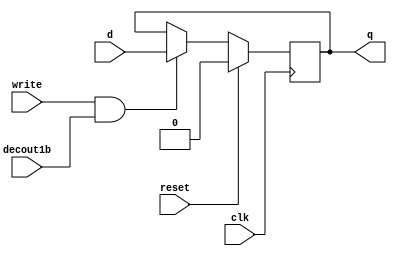
module D_ff (input clk, input reset, input write, input decout1b, input d, output reg q);
      always @ ( negedge clk ) begin
            if(reset == 1)  q = 1'b0;
            else
            if (write == 1 && decout1b == 1) begin
                  q = d;
            end
      end
endmodule // D_ff

module Register (input clk, input reset, input write, input decout1b, input [31:0] writedata, output [31:0] outreg);
      D_ff d0 (clk, reset, write, decout1b, writedata[0], outreg[0]);
      D_ff d1 (clk, reset, write, decout1b, writedata[1], outreg[1]);
      D_ff d2 (clk, reset, write, decout1b, writedata[2], outreg[2]);
      D_ff d3 (clk, reset, write, decout1b, writedata[3], outreg[3]);
      D_ff d4 (clk, reset, write, decout1b, writedata[4], outreg[4]);
      D_ff d5 (clk, reset, write, decout1b, writedata[5], outreg[5]);
      D_ff d6 (clk, reset, write, decout1b, writedata[6], outreg[6]);
      D_ff d7 (clk, reset, write, decout1b, writedata[7], outreg[7]);
      D_ff d8 (clk, reset, write, decout1b, writedata[8], outreg[8]);
      D_ff d9 (clk, reset, write, decout1b, writedata[9], outreg[9]);
      D_ff d10 (clk, reset, write, decout1b, writedata[10], outreg[10]);
      D_ff d11 (clk, reset, write, decout1b, writedata[11], outreg[11]);
      D_ff d12 (clk, reset, write, decout1b, writedata[12], outreg[12]);
      D_ff d13 (clk, reset, write, decout1b, writedata[13], outreg[13]);
      D_ff d14 (clk, reset, write, decout1b, writedata[14], outreg[14]);
      D_ff d15 (clk, reset, write, decout1b, writedata[15], outreg[15]);
      D_ff d16 (clk, reset, write, decout1b, writedata[16], outreg[16]);
      D_ff d17 (clk, reset, write, decout1b, writedata[17], outreg[17]);
      D_ff d18 (clk, reset, write, decout1b, writedata[18], outreg[18]);
      D_ff d19 (clk, reset, write, decout1b, writedata[19], outreg[19]);
      D_ff d20 (clk, reset, write, decout1b, writedata[20], outreg[20]);
      D_ff d21 (clk, reset, write, decout1b, writedata[21], outreg[21]);
      D_ff d22 (clk, reset, write, decout1b, writedata[22], outreg[22]);
      D_ff d23 (clk, reset, write, decout1b, writedata[23], outreg[23]);
      D_ff d24 (clk, reset, write, decout1b, writedata[24], outreg[24]);
      D_ff d25 (clk, reset, write, decout1b, writedata[25], outreg[25]);
      D_ff d26 (clk, reset, write, decout1b, writedata[26], outreg[26]);
      D_ff d27 (clk, reset, write, decout1b, writedata[27], outreg[27]);
      D_ff d28 (clk, reset, write, decout1b, writedata[28], outreg[28]);
      D_ff d29 (clk, reset, write, decout1b, writedata[29], outreg[29]);
      D_ff d30 (clk, reset, write, decout1b, writedata[30], outreg[30]);
      D_ff d31 (clk, reset, write, decout1b, writedata[31], outreg[31]);

endmodule // Register

module registerSet (input clk, input reset, input write, input [31:0]regsel, input [31:0] writedata, output [31:0] outreg0, output [31:0] outreg1, output [31:0] outreg2, output [31:0] outreg3, output [31:0] outreg4, output [31:0] outreg5, output [31:0] outreg6, output [31:0] outreg7, output [31:0] outreg8, output [31:0] outreg9, output [31:0] outreg10, output [31:0] outreg11, output [31:0] outreg12, output [31:0] outreg13, output [31:0] outreg14, output [31:0] outreg15, output [31:0] outreg16, output [31:0] outreg17, output [31:0] outreg18, output [31:0] outreg19, output [31:0] outreg20, output [31:0] outreg21, output [31:0] outreg22, output [31:0] outreg23, output [31:0] outreg24, output [31:0] outreg25, output [31:0] outreg26, output [31:0] outreg27, output [31:0] outreg28, output [31:0] outreg29, output [31:0] outreg30, output [31:0] outreg31);


      Register r0 (clk, reset, write, regsel[0], writedata, outreg0);
      Register r1 (clk, reset, write, regsel[1], writedata, outreg1);
      Register r2 (clk, reset, write, regsel[2], writedata, outreg2);
      Register r3 (clk, reset, write, regsel[3], writedata, outreg3);
      Register r4 (clk, reset, write, regsel[4], writedata, outreg4);
      Register r5 (clk, reset, write, regsel[5], writedata, outreg5);
      Register r6 (clk, reset, write, regsel[6], writedata, outreg6);
      Register r7 (clk, reset, write, regsel[7], writedata, outreg7);
      Register r8 (clk, reset, write, regsel[8], writedata, outreg8);
      Register r9 (clk, reset, write, regsel[9], writedata, outreg9);
      Register r10 (clk, reset, write, regsel[10], writedata, outreg10);
      Register r11 (clk, reset, write, regsel[11], writedata, outreg11);
      Register r12 (clk, reset, write, regsel[12], writedata, outreg12);
      Register r13 (clk, reset, write, regsel[13], writedata, outreg13);
      Register r14 (clk, reset, write, regsel[14], writedata, outreg14);
      Register r15 (clk, reset, write, regsel[15], writedata, outreg15);
      Register r16 (clk, reset, write, regsel[16], writedata, outreg16);
      Register r17 (clk, reset, write, regsel[17], writedata, outreg17);
      Register r18 (clk, reset, write, regsel[18], writedata, outreg18);
      Register r19 (clk, reset, write, regsel[19], writedata, outreg19);
      Register r20 (clk, reset, write, regsel[20], writedata, outreg20);
      Register r21 (clk, reset, write, regsel[21], writedata, outreg21);
      Register r22 (clk, reset, write, regsel[22], writedata, outreg22);
      Register r23 (clk, reset, write, regsel[23], writedata, outreg23);
      Register r24 (clk, reset, write, regsel[24], writedata, outreg24);
      Register r25 (clk, reset, write, regsel[25], writedata, outreg25);
      Register r26 (clk, reset, write, regsel[26], writedata, outreg26);
      Register r27 (clk, reset, write, regsel[27], writedata, outreg27);
      Register r28 (clk, reset, write, regsel[28], writedata, outreg28);
      Register r29 (clk, reset, write, regsel[29], writedata, outreg29);
      Register r30 (clk, reset, write, regsel[30], writedata, outreg30);
      Register r31 (clk, reset, write, regsel[31], writedata, outreg31);

endmodule // registerSet

module decoder5to32 (input [4:0] inp, output reg [31:0]out);
      always @ (inp) begin
            case(inp)
            5'd0: out = 32'd1;
            5'd1: out = 32'd2;
            5'd2: out = 32'd4;
            5'd3: out = 32'd8;
            5'd4: out = 32'd16;
            5'd5: out = 32'd32;
            5'd6: out = 32'd64;
            5'd7: out = 32'd128;
            5'd8: out = 32'd256;
            5'd9: out= 32'd512;
            5'd10: out = 32'd1024;
            5'd11: out = 32'd2048;
            5'd12: out = 32'd4096;
            5'd13: out = 32'd8192;
            5'd14: out = 32'd16384;
            5'd15: out = 32'd32768;
            5'd16: out = 32'd65536;
            5'd17: out = 32'd131072;
            5'd18: out = 32'd262144;
            5'd19: out = 32'd524288;
            5'd20: out = 32'd1048576;
            5'd21: out = 32'd2097152;
            5'd22: out = 32'd4194304;
            5'd23: out = 32'd8388608;
            5'd24: out= 32'd16777216;
            5'd25: out = 32'd33554432;
            5'd26: out = 32'd67108864;
            5'd27: out = 32'd134217728;
            5'd28: out = 32'd268435456;
            5'd29: out = 32'd536870912;
            5'd30: out= 32'd1073741824;
            5'd31: out = 32'd2147483648;
            endcase
      end

endmodule // decoder5to32

module mux32x1 (input [31:0] register0, input [31:0] register1, input [31:0] register2, input [31:0] register3, input [31:0] register4, input [31:0] register5, input [31:0] register6, input [31:0] register7, input [31:0] register8, input [31:0] register9, input [31:0] register10, input [31:0] register11, input [31:0] register12, input [31:0] register13, input [31:0] register14, input [31:0] register15, input [31:0] register16, input [31:0] register17, input [31:0] register18, input [31:0] register19, input [31:0] register20, input [31:0] register21, input [31:0] register22, input [31:0] register23, input [31:0] register24, input [31:0] register25, input [31:0] register26, input [31:0] register27, input [31:0] register28, input [31:0] register29, input [31:0] register30, input [31:0] register31, input [4:0]sel, output reg [31:0] out);
      always @ ( register0, register2, register10, sel) begin
            case(sel)
            5'd0: out = register0;
            5'd1: out = register1;
            5'd2: out = register2;
            5'd3: out = register3;
            5'd4: out = register4;
            5'd5: out = register5;
            5'd6: out = register6;
            5'd7: out = register7;
            5'd8: out = register8;
            5'd9: out = register9;
            5'd10: out = register10;
            5'd11: out = register11;
            5'd12: out = register12;
            5'd13: out = register13;
            5'd14: out = register14;
            5'd15: out = register15;
            5'd16: out = register16;
            5'd17: out = register17;
            5'd18: out = register18;
            5'd19: out = register19;
            5'd20: out = register20;
            5'd21: out = register21;
            5'd22: out = register22;
            5'd23: out = register23;
            5'd24: out = register24;
            5'd25: out = register25;
            5'd26: out = register26;
            5'd27: out = register27;
            5'd28: out = register28;
            5'd29: out = register29;
            5'd30: out = register30;
            5'd31: out = register31;
            endcase
      end
endmodule // mux32x1


module Register_File (input clk, input reset, input write, input [4:0] rs_addr, input [4:0] rt_addr, input [4:0] write_addr, input [31:0] writeData, output [31:0] outreg1, output [31:0] outreg2);

      wire [31:0] register0, register1, register2, register3, register4, register5, register6, register7, register8, register9, register10, register11, register12, register13, register14, register15, register16, register17, register18, register19, register20, register21, register22, register23, register24, register25, register26, register27, register28, register29, register30, register31;
      wire [31:0] regsel;
      decoder5to32 deco ( write_addr, regsel);

      registerSet rs ( clk,  reset,  write, regsel, writeData, register0, register1, register2, register3, register4, register5, register6, register7, register8, register9, register10, register11, register12, register13, register14, register15, register16, register17, register18, register19, register20, register21, register22, register23, register24, register25, register26, register27, register28, register29, register30, register31);

      mux32x1 mx (register0, register1, register2, register3, register4, register5, register6, register7, register8, register9, register10, register11, register12, register13, register14, register15, register16, register17, register18, register19, register20, register21, register22, register23, register24, register25, register26, register27, register28, register29, register30, register31, rs_addr, outreg1);

      mux32x1 mx1 (register0, register1, register2, register3, register4, register5, register6, register7, register8, register9, register10, register11, register12, register13, register14, register15, register16, register17, register18, register19, register20, register21, register22, register23, register24, register25, register26, register27, register28, register29, register30, register31, rt_addr, outreg2);

endmodule // Register_File


module dflpflp_im (input reset, input d, output reg q);
      always @ (negedge reset) begin
            q = d;
      end
endmodule // dflipflip_im

module instr_reg (input reset, input [31:0]d, output[31:0]q);

      dflpflp_im d0 (reset, d[0], q[0]);
      dflpflp_im d1 (reset, d[1], q[1]);
      dflpflp_im d2 (reset, d[2], q[2]);
      dflpflp_im d3 (reset, d[3], q[3]);
      dflpflp_im d4 (reset, d[4], q[4]);
      dflpflp_im d5 (reset, d[5], q[5]);
      dflpflp_im d6 (reset, d[6], q[6]);
      dflpflp_im d7 (reset, d[7], q[7]);
      dflpflp_im d8 (reset, d[8], q[8]);
      dflpflp_im d9 (reset, d[9], q[9]);
      dflpflp_im d10 (reset, d[10], q[10]);
      dflpflp_im d11 (reset, d[11], q[11]);
      dflpflp_im d12 (reset, d[12], q[12]);
      dflpflp_im d13 (reset, d[13], q[13]);
      dflpflp_im d14 (reset, d[14], q[14]);
      dflpflp_im d15 (reset, d[15], q[15]);
      dflpflp_im d16 (reset, d[16], q[16]);
      dflpflp_im d17 (reset, d[17], q[17]);
      dflpflp_im d18 (reset, d[18], q[18]);
      dflpflp_im d19 (reset, d[19], q[19]);
      dflpflp_im d20 (reset, d[20], q[20]);
      dflpflp_im d21 (reset, d[21], q[21]);
      dflpflp_im d22 (reset, d[22], q[22]);
      dflpflp_im d23 (reset, d[23], q[23]);
      dflpflp_im d24 (reset, d[24], q[24]);
      dflpflp_im d25 (reset, d[25], q[25]);
      dflpflp_im d26 (reset, d[26], q[26]);
      dflpflp_im d27 (reset, d[27], q[27]);
      dflpflp_im d28 (reset, d[28], q[28]);
      dflpflp_im d29 (reset, d[29], q[29]);
      dflpflp_im d30 (reset, d[30], q[30]);
      dflpflp_im d31 (reset, d[31], q[31]);

endmodule // instr_reg

module mux16x1 (input [31:0] reg0, input [31:0] reg1, input [31:0] reg2, input [31:0] reg3, input [31:0] reg4, input [31:0] reg5, input [31:0] reg6, input [31:0] reg7, input [31:0] reg8, input [31:0] reg9, input [31:0] reg10, input [31:0] reg11, input [31:0] reg12, input [31:0] reg13, input [31:0] reg14, input [31:0] reg15, input [3:0] sel, output reg [31:0] outreg );

      always @ ( sel or reg0 or reg1 or reg2 or reg3 or reg4 or reg5 or reg6 or reg7 or reg8 or reg9 or reg10 or reg11 or reg12 or reg13 or reg14 or reg15) begin
                  case (sel)
                  4'd0: outreg = reg0;
                  4'd1: outreg = reg1;
                  4'd2: outreg = reg2;
                  4'd3: outreg = reg3;
                  4'd4: outreg = reg4;
                  4'd5: outreg = reg5;
                  4'd6: outreg = reg6;
                  4'd7: outreg = reg7;
                  4'd8: outreg = reg8;
                  4'd9: outreg = reg9;
                  4'd10: outreg = reg10;
                  4'd11: outreg = reg11;
                  4'd12: outreg = reg12;
                  4'd13: outreg = reg13;
                  4'd14: outreg = reg14;
                  4'd15: outreg = reg15;
                  endcase
      end

endmodule // mux16x1

module mux4x1_32bit (input [31:0] inreg0, inreg1, inreg2, inreg3, input [1:0]sel, output reg [31:0]outreg_final);
      always @ ( * ) begin
            case (sel)
                  4'd0: outreg_final = inreg0;
                  4'd1: outreg_final = inreg1;
                  4'd2: outreg_final = inreg2;
                  4'd3: outreg_final = inreg3;
            endcase
      end
endmodule // mux4x1_32bit

module mux64x1_32bit (input [31:0] inreg0, inreg1, inreg2, inreg3, inreg4, inreg5, inreg6, inreg7, inreg8, inreg9, inreg10, inreg11, inreg12, inreg13, inreg14, inreg15, inreg16, inreg17, inreg18, inreg19, inreg20, inreg21, inreg22, inreg23, inreg24, inreg25, inreg26, inreg27, inreg28, inreg29, inreg30, inreg31, inreg32, inreg33, inreg34, inreg35, inreg36, inreg37, inreg38, inreg39, inreg40, inreg41, inreg42, inreg43, inreg44, inreg45, inreg46, inreg47, inreg48, inreg49, inreg50, inreg51, inreg52, inreg53, inreg54, inreg55, inreg56, inreg57, inreg58, inreg59, inreg60, inreg61, inreg62, inreg63, input [5:0] sel, output [31:0] outfinal);
            wire [31:0] tempout1, tempout2, tempout3, tempout4;
            mux16x1 mx0 (inreg0, inreg1, inreg2, inreg3, inreg4, inreg5, inreg6, inreg7, inreg8, inreg9, inreg10, inreg11, inreg12, inreg13, inreg14, inreg15, sel[3:0], tempout1);
            mux16x1 mx1 (inreg16, inreg17, inreg18, inreg19, inreg20, inreg21, inreg22, inreg23, inreg24, inreg25, inreg26, inreg27, inreg28, inreg29, inreg30, inreg31, sel[3:0], tempout2);
            mux16x1 mx2 (inreg32, inreg33, inreg34, inreg35, inreg36, inreg37, inreg38, inreg39, inreg40, inreg41, inreg42, inreg43, inreg44, inreg45, inreg46, inreg47, sel [3:0], tempout3);
            mux16x1 mx3 (inreg48, inreg49, inreg50, inreg51, inreg52, inreg53, inreg54, inreg55, inreg56, inreg57, inreg58, inreg59, inreg60, inreg61, inreg62, inreg63, sel[3:0], tempout4);

            mux4x1_32bit mx4 (tempout1, tempout2, tempout3, tempout4, sel[5:4], outfinal);

endmodule // mux64x1

module dec6to64bit (input [5:0] inp, output reg [63:0] out);
      always @ (*) begin
            case (inp)
            6'd0: out = 64'd1;
            6'd1: out = 64'd2;
            6'd2: out = 64'd4;
            6'd3: out = 64'd8;
            6'd4: out = 64'd16;
            6'd5: out = 64'd32;
            6'd6: out = 64'd64;
            6'd7: out = 64'd128;
            6'd8: out = 64'd256;
            6'd9: out = 64'd512;
            6'd10: out = 64'd1024;
            6'd11: out = 64'd2048;
            6'd12: out = 64'd4096;
            6'd13: out = 64'd8192;
            6'd14: out = 64'd16384;
            6'd15: out = 64'd32768;
            6'd16: out = 64'd65536;
            6'd17: out = 64'd131072;
            6'd18: out = 64'd262144;
            6'd19: out = 64'd524288;
            6'd20: out = 64'd1048576;
            6'd21: out = 64'd2097152;
            6'd22: out = 64'd4194304;
            6'd23: out = 64'd8388608;
            6'd24: out = 64'd16777216;
            6'd25: out = 64'd33554432;
            6'd26: out = 64'd67108864;
            6'd27: out = 64'd134217728;
            6'd28: out = 64'd268435456;
            6'd29: out = 64'd536870912;
            6'd30: out = 64'd1073741824;
            6'd31: out = 64'd2147483648;
            6'd32: out = 64'd4294967296;
            6'd33: out = 64'd8589934592;
            6'd34: out = 64'd17179869184;
            6'd35: out = 64'd34359738368;
            6'd36: out = 64'd68719476736;
            6'd37: out = 64'd137438953472;
            6'd38: out = 64'd274877906944;
            6'd39: out = 64'd549755813888;
            6'd40: out = 64'd1099511627776;
            6'd41: out = 64'd2199023255552;
            6'd42: out = 64'd4398046511104;
            6'd43: out = 64'd8796093022208;
            6'd44: out = 64'd17592186044416;
            6'd45: out = 64'd35184372088832;
            6'd46: out = 64'd70368744177664;
            6'd47: out = 64'd140737488355328;
            6'd48: out = 64'd281474976710656;
            6'd49: out = 64'd562949953421312;
            6'd50: out = 64'd1125899906842624;
            6'd51: out = 64'd2251799813685248;
            6'd52: out = 64'd4503599627370496;
            6'd53: out = 64'd9007199254740992;
            6'd54: out = 64'd18014398509481984;
            6'd55: out = 64'd36028797018963968;
            6'd56: out = 64'd72057594037927936;
            6'd57: out = 64'd144115188075855872;
            6'd58: out = 64'd288230376151711744;
            6'd59: out = 64'd576460752303423488;
            6'd60: out = 64'd1152921504606846976;
            6'd61: out = 64'd2305843009213693952;
            6'd62: out = 64'd4611686018427387904;
            6'd63: out = 64'd9223372036854775808;
	endcase
      end
endmodule // dec6to64bit

module insruction_memory (input reset, input [5:0]pc, output [31:0] instruction_out);
      wire [31:0] tout0, tout1, tout2, tout3, tout4, tout5, tout6, tout7, tout8, tout9, tout10, tout11, tout12, tout13, tout14, tout15, tout16, tout17, tout18, tout19, tout20, tout21, tout22, tout23, tout24, tout25, tout26, tout27, tout28, tout29, tout30, tout31, tout32, tout33, tout34, tout35, tout36, tout37, tout38, tout39, tout40, tout41, tout42, tout43, tout44, tout45, tout46, tout47, tout48, tout49, tout50, tout51, tout52, tout53, tout54, tout55, tout56, tout57, tout58, tout59, tout60, tout61, tout62, tout63;

      instr_reg reg0 (reset, 32'h20020005, tout0);
      instr_reg reg1 (reset, 32'h20070003, tout1);
      instr_reg reg2 (reset, 32'h2003000c, tout2);
      instr_reg reg3 (reset, 32'h00e22025, tout3);
      instr_reg reg4 (reset, 32'h00642824, tout4);
      instr_reg reg5 (reset, 32'h00a42820, tout5);
      instr_reg reg6 (reset, 32'h10a70008, tout6);
      instr_reg reg7 (reset, 32'h0064302a, tout7);
      instr_reg reg8 (reset, 32'h10c00001, tout8);
      instr_reg reg9 (reset, 32'h2005000a, tout9);
      instr_reg reg10 (reset, 32'h00e2302a, tout10);
      instr_reg reg11 (reset, 32'h00c53820, tout11);
      instr_reg reg12 (reset, 32'h00e23822, tout12);
      instr_reg reg13 (reset, 32'h0800000f, tout13);
      instr_reg reg14 (reset, 32'h8c070000, tout14);
      instr_reg reg15 (reset, 32'hac470047, tout15);
      instr_reg reg16 (reset, 32'd0, tout16);
      instr_reg reg17 (reset, 32'd0, tout17);
      instr_reg reg18 (reset, 32'd0, tout18);
      instr_reg reg19 (reset, 32'd0, tout19);
      instr_reg reg20 (reset, 32'd0, tout20);
      instr_reg reg21 (reset, 32'd0, tout21);
      instr_reg reg22 (reset, 32'd0, tout22);
      instr_reg reg23 (reset, 32'd0, tout23);
      instr_reg reg24 (reset, 32'd0, tout24);
      instr_reg reg25 (reset, 32'd0, tout25);
      instr_reg reg26 (reset, 32'd0, tout26);
      instr_reg reg27 (reset, 32'd0, tout27);
      instr_reg reg28 (reset, 32'd0, tout28);
      instr_reg reg29 (reset, 32'd0, tout29);
      instr_reg reg30 (reset, 32'd0, tout30);
      instr_reg reg31 (reset, 32'd0, tout31);
      instr_reg reg32 (reset, 32'd0, tout32);
      instr_reg reg33 (reset, 32'd0, tout33);
      instr_reg reg34 (reset, 32'd0, tout34);
      instr_reg reg35 (reset, 32'd0, tout35);
      instr_reg reg36 (reset, 32'd0, tout36);
      instr_reg reg37 (reset, 32'd0, tout37);
      instr_reg reg38 (reset, 32'd0, tout38);
      instr_reg reg39 (reset, 32'd0, tout39);
      instr_reg reg40 (reset, 32'd0, tout40);
      instr_reg reg41 (reset, 32'd0, tout41);
      instr_reg reg42 (reset, 32'd0, tout42);
      instr_reg reg43 (reset, 32'd0, tout43);
      instr_reg reg44 (reset, 32'd0, tout44);
      instr_reg reg45 (reset, 32'd0, tout45);
      instr_reg reg46 (reset, 32'd0, tout46);
      instr_reg reg47 (reset, 32'd0, tout47);
      instr_reg reg48 (reset, 32'd0, tout48);
      instr_reg reg49 (reset, 32'd0, tout49);
      instr_reg reg50 (reset, 32'd0, tout50);
      instr_reg reg51 (reset, 32'd0, tout51);
      instr_reg reg52 (reset, 32'd0, tout52);
      instr_reg reg53 (reset, 32'd0, tout53);
      instr_reg reg54 (reset, 32'd0, tout54);
      instr_reg reg55 (reset, 32'd0, tout55);
      instr_reg reg56 (reset, 32'd0, tout56);
      instr_reg reg57 (reset, 32'd0, tout57);
      instr_reg reg58 (reset, 32'd0, tout58);
      instr_reg reg59 (reset, 32'd0, tout59);
      instr_reg reg60 (reset, 32'd0, tout60);
      instr_reg reg61 (reset, 32'd0, tout61);
      instr_reg reg62 (reset, 32'd0, tout62);
      instr_reg reg63 (reset, 32'd0, tout63);

      mux64x1_32bit mux64_1 (tout0, tout1, tout2, tout3, tout4, tout5, tout6, tout7, tout8, tout9, tout10, tout11, tout12, tout13, tout14, tout15, tout16, tout17, tout18, tout19, tout20, tout21, tout22, tout23, tout24, tout25, tout26, tout27, tout28, tout29, tout30, tout31, tout32, tout33, tout34, tout35, tout36, tout37, tout38, tout39, tout40, tout41, tout42, tout43, tout44, tout45, tout46, tout47, tout48, tout49, tout50, tout51, tout52, tout53, tout54, tout55, tout56, tout57, tout58, tout59, tout60, tout61, tout62, tout63, pc, instruction_out);

endmodule // insruction_memory

module data_register_set (input clk, input reset, input write, input [5:0] reg_addr, input [31:0] writedata, output [31:0] outreg0, outreg1, outreg2, outreg3, outreg4, outreg5, outreg6, outreg7, outreg8, outreg9, outreg10, outreg11, outreg12, outreg13, outreg14, outreg15, outreg16, outreg17, outreg18, outreg19, outreg20, outreg21, outreg22, outreg23, outreg24, outreg25, outreg26, outreg27, outreg28, outreg29, outreg30, outreg31, outreg32, outreg33, outreg34, outreg35, outreg36, outreg37, outreg38, outreg39, outreg40, outreg41, outreg42, outreg43, outreg44, outreg45, outreg46, outreg47, outreg48, outreg49, outreg50, outreg51, outreg52, outreg53, outreg54, outreg55, outreg56, outreg57, outreg58, outreg59, outreg60, outreg61, outreg62, outreg63);

      wire [63:0]regsel;
      dec6to64bit dec (reg_addr,regsel);
      Register r20 (clk, reset, write, regsel[0], writedata, outreg0);
      Register r21 (clk, reset, write, regsel[1], writedata, outreg1);
      Register r22 (clk, reset, write, regsel[2], writedata, outreg2);
      Register r23 (clk, reset, write, regsel[3], writedata, outreg3);
      Register r24 (clk, reset, write, regsel[4], writedata, outreg4);
      Register r25 (clk, reset, write, regsel[5], writedata, outreg5);
      Register r26 (clk, reset, write, regsel[6], writedata, outreg6);
      Register r27 (clk, reset, write, regsel[7], writedata, outreg7);
      Register r28 (clk, reset, write, regsel[8], writedata, outreg8);
      Register r29 (clk, reset, write, regsel[9], writedata, outreg9);
      Register r210 (clk, reset, write, regsel[10], writedata, outreg10);
      Register r211 (clk, reset, write, regsel[11], writedata, outreg11);
      Register r212 (clk, reset, write, regsel[12], writedata, outreg12);
      Register r213 (clk, reset, write, regsel[13], writedata, outreg13);
      Register r214 (clk, reset, write, regsel[14], writedata, outreg14);
      Register r215 (clk, reset, write, regsel[15], writedata, outreg15);
      Register r216 (clk, reset, write, regsel[16], writedata, outreg16);
      Register r217 (clk, reset, write, regsel[17], writedata, outreg17);
      Register r218 (clk, reset, write, regsel[18], writedata, outreg18);
      Register r219 (clk, reset, write, regsel[19], writedata, outreg19);
      Register r220 (clk, reset, write, regsel[20], writedata, outreg20);
      Register r221 (clk, reset, write, regsel[21], writedata, outreg21);
      Register r222 (clk, reset, write, regsel[22], writedata, outreg22);
      Register r223 (clk, reset, write, regsel[23], writedata, outreg23);
      Register r224 (clk, reset, write, regsel[24], writedata, outreg24);
      Register r225 (clk, reset, write, regsel[25], writedata, outreg25);
      Register r226 (clk, reset, write, regsel[26], writedata, outreg26);
      Register r227 (clk, reset, write, regsel[27], writedata, outreg27);
      Register r228 (clk, reset, write, regsel[28], writedata, outreg28);
      Register r229 (clk, reset, write, regsel[29], writedata, outreg29);
      Register r230 (clk, reset, write, regsel[30], writedata, outreg30);
      Register r231 (clk, reset, write, regsel[31], writedata, outreg31);
      Register r232 (clk, reset, write, regsel[32], writedata, outreg32);
      Register r233 (clk, reset, write, regsel[33], writedata, outreg33);
      Register r234 (clk, reset, write, regsel[34], writedata, outreg34);
      Register r235 (clk, reset, write, regsel[35], writedata, outreg35);
      Register r236 (clk, reset, write, regsel[36], writedata, outreg36);
      Register r237 (clk, reset, write, regsel[37], writedata, outreg37);
      Register r238 (clk, reset, write, regsel[38], writedata, outreg38);
      Register r239 (clk, reset, write, regsel[39], writedata, outreg39);
      Register r240 (clk, reset, write, regsel[40], writedata, outreg40);
      Register r241 (clk, reset, write, regsel[41], writedata, outreg41);
      Register r242 (clk, reset, write, regsel[42], writedata, outreg42);
      Register r243 (clk, reset, write, regsel[43], writedata, outreg43);
      Register r244 (clk, reset, write, regsel[44], writedata, outreg44);
      Register r245 (clk, reset, write, regsel[45], writedata, outreg45);
      Register r246 (clk, reset, write, regsel[46], writedata, outreg46);
      Register r247 (clk, reset, write, regsel[47], writedata, outreg47);
      Register r248 (clk, reset, write, regsel[48], writedata, outreg48);
      Register r249 (clk, reset, write, regsel[49], writedata, outreg49);
      Register r250 (clk, reset, write, regsel[50], writedata, outreg50);
      Register r251 (clk, reset, write, regsel[51], writedata, outreg51);
      Register r252 (clk, reset, write, regsel[52], writedata, outreg52);
      Register r253 (clk, reset, write, regsel[53], writedata, outreg53);
      Register r254 (clk, reset, write, regsel[54], writedata, outreg54);
      Register r255 (clk, reset, write, regsel[55], writedata, outreg55);
      Register r256 (clk, reset, write, regsel[56], writedata, outreg56);
      Register r257 (clk, reset, write, regsel[57], writedata, outreg57);
      Register r258 (clk, reset, write, regsel[58], writedata, outreg58);
      Register r259 (clk, reset, write, regsel[59], writedata, outreg59);
      Register r260 (clk, reset, write, regsel[60], writedata, outreg60);
      Register r261 (clk, reset, write, regsel[61], writedata, outreg61);
      Register r262 (clk, reset, write, regsel[62], writedata, outreg62);
      Register r263 (clk, reset, write, regsel[63], writedata, outreg63);

endmodule // data_register_set

module data_memory (input clk, input reset, input write, input [5:0]a, input [31:0] writedata, output [31:0] read_data);

      wire[31:0] outreg0, outreg1, outreg2, outreg3, outreg4, outreg5, outreg6, outreg7, outreg8, outreg9, outreg10, outreg11, outreg12, outreg13, outreg14, outreg15, outreg16, outreg17, outreg18, outreg19, outreg20, outreg21, outreg22, outreg23, outreg24, outreg25, outreg26, outreg27, outreg28, outreg29, outreg30, outreg31, outreg32, outreg33, outreg34, outreg35, outreg36, outreg37, outreg38, outreg39, outreg40, outreg41, outreg42, outreg43, outreg44, outreg45, outreg46, outreg47, outreg48, outreg49, outreg50, outreg51, outreg52, outreg53, outreg54, outreg55, outreg56, outreg57, outreg58, outreg59, outreg60, outreg61, outreg62, outreg63;

      data_register_set drs (clk, reset, write, a, writedata, outreg0, outreg1, outreg2, outreg3, outreg4, outreg5, outreg6, outreg7, outreg8, outreg9, outreg10, outreg11, outreg12, outreg13, outreg14, outreg15, outreg16, outreg17, outreg18, outreg19, outreg20, outreg21, outreg22, outreg23, outreg24, outreg25, outreg26, outreg27, outreg28, outreg29, outreg30, outreg31, outreg32, outreg33, outreg34, outreg35, outreg36, outreg37, outreg38, outreg39, outreg40, outreg41, outreg42, outreg43, outreg44, outreg45, outreg46, outreg47, outreg48, outreg49, outreg50, outreg51, outreg52, outreg53, outreg54, outreg55, outreg56, outreg57, outreg58, outreg59, outreg60, outreg61, outreg62, outreg63);

      mux64x1_32bit mux (outreg0, outreg1, outreg2, outreg3, outreg4, outreg5, outreg6, outreg7, outreg8, outreg9, outreg10, outreg11, outreg12, outreg13, outreg14, outreg15, outreg16, outreg17, outreg18, outreg19, outreg20, outreg21, outreg22, outreg23, outreg24, outreg25, outreg26, outreg27, outreg28, outreg29, outreg30, outreg31, outreg32, outreg33, outreg34, outreg35, outreg36, outreg37, outreg38, outreg39, outreg40, outreg41, outreg42, outreg43, outreg44, outreg45, outreg46, outreg47, outreg48, outreg49, outreg50, outreg51, outreg52, outreg53, outreg54, outreg55, outreg56, outreg57, outreg58, outreg59, outreg60, outreg61, outreg62, outreg63, a, read_data);
endmodule // data_memory

module left_shifter (input [31:0] in, output reg [31:0] out);
      always @ ( * ) begin
            out = in << 2;
      end
endmodule // left_shifter

module sign_extend (input [15:0] in, output reg [31:0] out);
      always @ ( * ) begin
            out[15:0] = in[15:0];
            out[31:16] = {16{in[15]}};
      end
endmodule // sign_extend

module maindec ( input [5:0] opcode, output reg jump, output reg memreg, output  reg memwrite, output reg branch, output reg alusrc, output reg regdst, output reg regwrite, output reg [1:0]aluop);
      always @ (* ) begin
            case (opcode)
                  6'b000000: begin // r type operations
                        memreg = 0;
                        memwrite = 0;
                        branch = 0;
                        alusrc = 0;
                        regdst = 1'b1;
                        regwrite = 1'b1;
                        jump = 1'b0;
                        aluop = 2'b10;
                  end
                  6'b100011: begin // load
                        memreg = 1'b1;
                        memwrite = 1'b0;
                        branch = 1'b0;
                        alusrc = 1'b1;
                        regdst = 1'b0;
                        regwrite = 1'b1;
                        jump = 1'b0;
                        aluop = 2'b00;
                  end
                  6'b101011: begin // store
                        memreg = 1'b1; // irrevelant
                        memwrite = 1'b1;
                        branch = 1'b0;
                        alusrc = 1'b1;
                        regdst = 1'b0;
                        regwrite = 1'b0;
                        jump = 1'b0;
                        aluop = 2'b00;
                  end
                  6'b000100: begin  //beq
                        memreg = 1'b1; // irrevelant
                        memwrite = 1'b0;
                        branch = 1'b1;
                        alusrc = 1'b0;
                        regdst = 1'b0; // irrevelant
                        regwrite = 1'b0; // irrevelant
                        jump = 1'b0;
                        aluop = 2'b01;
                  end
                  6'b001000: begin  // addi
                        memreg = 1'b0;
                        memwrite = 1'b0;
                        branch = 1'b0;
                        alusrc = 1'b1;
                        regdst = 1'b0;
                        regwrite = 1'b1;
                        jump = 1'b0;
                        aluop = 2'b00;
                  end
                  6'b000010: begin  // jump
                        memreg = 1'b0;
                        memwrite = 1'b0;
                        branch = 1'b0;
                        alusrc = 1'b0;
                        regdst = 1'b0;
                        regwrite = 1'b0;
                        jump = 1'b1;
                        aluop = 2'b00;
                  end
            endcase
      end
endmodule // maindec module for controllet unit

module aludec (input [5:0]func, input [1:0] aluop, output reg [2:0] alusel);

      always @ ( func or aluop ) begin
            case (aluop)
                  2'b00: alusel = 3'b010;
                  2'b10: begin
                        if(func == 6'b100000) begin alusel = 3'b010; end
                        else if(func == 6'b100010) begin alusel = 3'b110; end
                        else if(func == 6'b100100) begin alusel = 3'b000; end
                        else if(func == 6'b100101) begin alusel = 3'b001; end
                        else if(func == 6'b101010) begin alusel = 3'b111; end
                  end
                  2'b01: alusel = 3'b110;
            endcase
      end
	  
endmodule // aludec

module control_ckt (input [5:0] opcode, input [5:0]func, output jump, output memreg, output memwrite, output branch, output alusrc, output regdst, output regwrite, output [2:0]alucontrol);

      wire  [1:0]aluop;
      maindec md (opcode, jump,  memreg, memwrite, branch, alusrc, regdst, regwrite,aluop);
      aludec ad (func,  aluop, alucontrol);
endmodule // control_ckt

// alu 32 bit implementation

module mux2x1 (input [31:0]a, input [31:0]b, input sel, output reg [31:0]z );
      always @ (sel or a or b)
      begin: mux
            case(sel)
            1'b0: z = a;
            1'b1: z = b;
            endcase
      end

endmodule // mux2x1

module mux4x1 (input [31:0]a, input [31:0]b, input [31:0]c, input [31:0]d, input [1:0]sel, output reg [31:0]y);
      always @ ( sel or a or b or c or d ) begin
            begin: mux4x1
                  case(sel)
                  2'b00: y = a;
                  2'b01: y = b;
                  2'b10: y = c;
                  2'b11: y = d;
                  endcase
            end
      end

endmodule // mux4x1

module adder1b (input a, input b,  input c, output s, output cout);
      assign s = a ^ b ^c ;
      assign cout = (a & b) | (b&c) | (c&a);
endmodule // adder1b

module adder32b (input [31:0]a, input [31:0]b, input f, output [31:0]s, output cout, output reg of);
      wire [30:0]c;
      wire check;
      adder1b a0 (a[0],  b[0],  f,  s[0], c[0]);
      adder1b a1 (a[1], b[1], c[0], s[1], c[1]);
      adder1b a2 (a[2], b[2], c[1], s[2], c[2]);
      adder1b a3 (a[3], b[3], c[2], s[3], c[3]);
      adder1b a4 (a[4], b[4], c[3], s[4], c[4]);
      adder1b a5 (a[5], b[5], c[4], s[5], c[5]);
      adder1b a6 (a[6], b[6], c[5], s[6], c[6]);
      adder1b a7 (a[7], b[7], c[6], s[7], c[7]);
      adder1b a8 (a[8], b[8], c[7], s[8], c[8]);
      adder1b a9 (a[9], b[9], c[8], s[9], c[9]);
      adder1b a10 (a[10], b[10], c[9], s[10], c[10]);
      adder1b a11 (a[11], b[11], c[10], s[11], c[11]);
      adder1b a12 (a[12], b[12], c[11], s[12], c[12]);
      adder1b a13 (a[13], b[13], c[12], s[13], c[13]);
      adder1b a14 (a[14], b[14], c[13], s[14], c[14]);
      adder1b a15 (a[15], b[15], c[14], s[15], c[15]);
      adder1b a16 (a[16], b[16], c[15], s[16], c[16]);
      adder1b a17 (a[17], b[17], c[16], s[17], c[17]);
      adder1b a18 (a[18], b[18], c[17], s[18], c[18]);
      adder1b a19 (a[19], b[19], c[18], s[19], c[19]);
      adder1b a20 (a[20], b[20], c[19], s[20], c[20]);
      adder1b a21 (a[21], b[21], c[20], s[21], c[21]);
      adder1b a22 (a[22], b[22], c[21], s[22], c[22]);
      adder1b a23 (a[23], b[23], c[22], s[23], c[23]);
      adder1b a24 (a[24], b[24], c[23], s[24], c[24]);
      adder1b a25 (a[25], b[25], c[24], s[25], c[25]);
      adder1b a26 (a[26], b[26], c[25], s[26], c[26]);
      adder1b a27 (a[27], b[27], c[26], s[27], c[27]);
      adder1b a28 (a[28], b[28], c[27], s[28], c[28]);
      adder1b a29 (a[29], b[29], c[28], s[29], c[29]);
      adder1b a30 (a[30], b[30], c[29], s[30], c[30]);
      adder1b a31 (a[31], b[31], c[30], s[31], cout);

       assign check = cout ^ s[31];
	always @ (*) begin
      if(check == 1'b1 & (a[31] == b[31]))  of = 1'b1;
      else  of = 1'b0;
	end

endmodule // adder32b

module zeroextend (input a, output [31:0]b);

            assign b[0] = a;

            assign b[31:1] = 31'd0;

endmodule // signextend

module alu_main (input [31:0]a, input [31:0]b, input [2:0]f, output cout, output [31:0]y, output of, output reg zf);
      wire [31:0] bout;
      wire [31:0] orgate;
      wire [31:0] andgate;
		wire [31:0]temp ;

		wire [31:0] s;
            mux2x1 mx (b, ~b, f[2], bout);
            assign andgate = a & bout;
            assign orgate = a | bout;
            adder32b adder (a, bout, f[2], s, cout, of);
			zeroextend  sx  (s[31], temp);
			mux4x1 mx41 (andgate, orgate, s, temp, f[1:0], y);
			always @ (*) begin
			if(y == 32'd0)  zf = 1'b1;
			else  zf = 1'b0;
end

endmodule // alu_main

// alu 32 bit implementation ends ......

 // pcounter

module pc_inc (input [31:0]pc, input [31:0]in, output [31:0] pcplus4);
      assign pcplus4 = pc + in;
endmodule // pc_inc

module adder_simple (input [31:0]a, input [31:0]b, output [31:0] c);
      assign c = a + b;
endmodule // adder_simple

module mux2x1_5bit (input [4:0]a, input [4:0]b, input sel, output reg [4:0]out);
      always @ ( sel or a or b ) begin
                  case(sel)
                  2'b0: out = a;
                  2'b1: out = b;
                  endcase
            end
endmodule // mux2x1_5bit

module leftshift26b (input [25:0]a, output reg [27:0]b);
      always @ ( * ) begin
            b = a <<2;
      end
endmodule // leftshift26b
module datapath (input clk, input reset, input write, input[31:0] instr, input [31:0]readdata,input[2:0]alusel, input alusrc, input pcsrc, output [31:0] pc, output [31:0]aluresult, output [31:0] writedata, output zf,input jump,input regdst,input memreg);
      wire of,cout;
	wire [31:0] pcjump,pcplus4;
      wire [31:0] immext,lsfinal,pcbranch,outz,pcd,result,srca,srcb;
      wire [4:0] writereg;
      wire [27:0] left_shift;

      assign pcjump[31:28] = pcplus4[31:28];
      assign pcjump[27:0] = left_shift;

      leftshift26b ls26 (instr[25:0],left_shift);

      mux2x1 mux01 (pcplus4,  pcbranch,  pcsrc, outz);
      mux2x1 mux02 (outz,  pcjump,  jump, pcd);

      Register pcounter1 (clk, reset,1'b1,1'b1, pcd, pc);
      pc_inc pcinc (pc, 32'd4, pcplus4);

      sign_extend se (instr[15:0], immext);
      left_shifter ls (immext, lsfinal);
      adder_simple ads (lsfinal, pcplus4, pcbranch);

      mux2x1_5bit mux03 (instr[20:16], instr[15:11], regdst, writereg);

      mux2x1 mux04 (aluresult, readdata, memreg, result);

      Register_File rf (clk, reset, write, instr[25:21], instr [20:16], writereg, result, srca, writedata);

      mux2x1 mux05 ( writedata,immext, alusrc, srcb);

      alu_main alu (srca, srcb, alusel, cout, aluresult, of, zf);

endmodule // datapath


module mips (input clk, input reset, input [31:0] instr, input [31:0]readdata, output memwrite, output [31:0] pcf, output [31:0] aluresult, output[31:0] writedata);
      wire pcsrc, regdst, jump, branch, memreg, alusrc, write, zf;
	  
      wire [2:0] alusel;

	//wire pcsrc;
	assign pcsrc = branch & zf;
      control_ckt controller (instr[31:26],instr[5:0], jump, memreg, memwrite, branch, alusrc, regdst, regwrite, alusel);

      datapath d1 (clk, reset, regwrite, instr, readdata, alusel,alusrc,pcsrc, pcf, aluresult, writedata, zf,jump,regdst,memreg);

endmodule // mips

module top(input clk, input reset, output [31:0] pc,output [31:0]instr, output [31:0]aluresult, output [31:0] writedata, output [31:0] readdata);

      wire memwrite,write;
   mips m1( clk,  reset, instr, readdata, memwrite, pc, aluresult,writedata);
   insruction_memory im (reset, pc[7:2],instr);
   data_memory dm (clk, reset, memwrite, aluresult[5:0], writedata, readdata);
endmodule


module top_testmodule();
  reg clk, reset;
wire [31:0]aluresult,writedata,readdata,pc;
wire [31:0] instr;
  top t1 (clk,  reset,pc, instr, aluresult,writedata, readdata);
  initial
  begin
    clk = 1'b0;
    reset = 1'b1;
	#2 reset = 1'b0;
	end
	always
	#5 clk=~clk;
	
endmodule